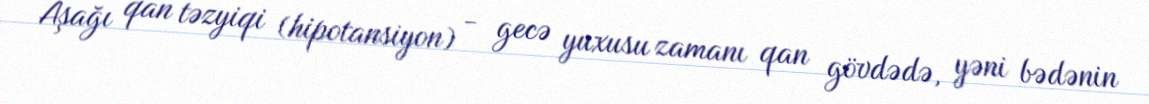
Aşağı qan təzyiqi (hipotansiyon) - gecə yuxusu zamanı qan gövdədə, yəni bədənin